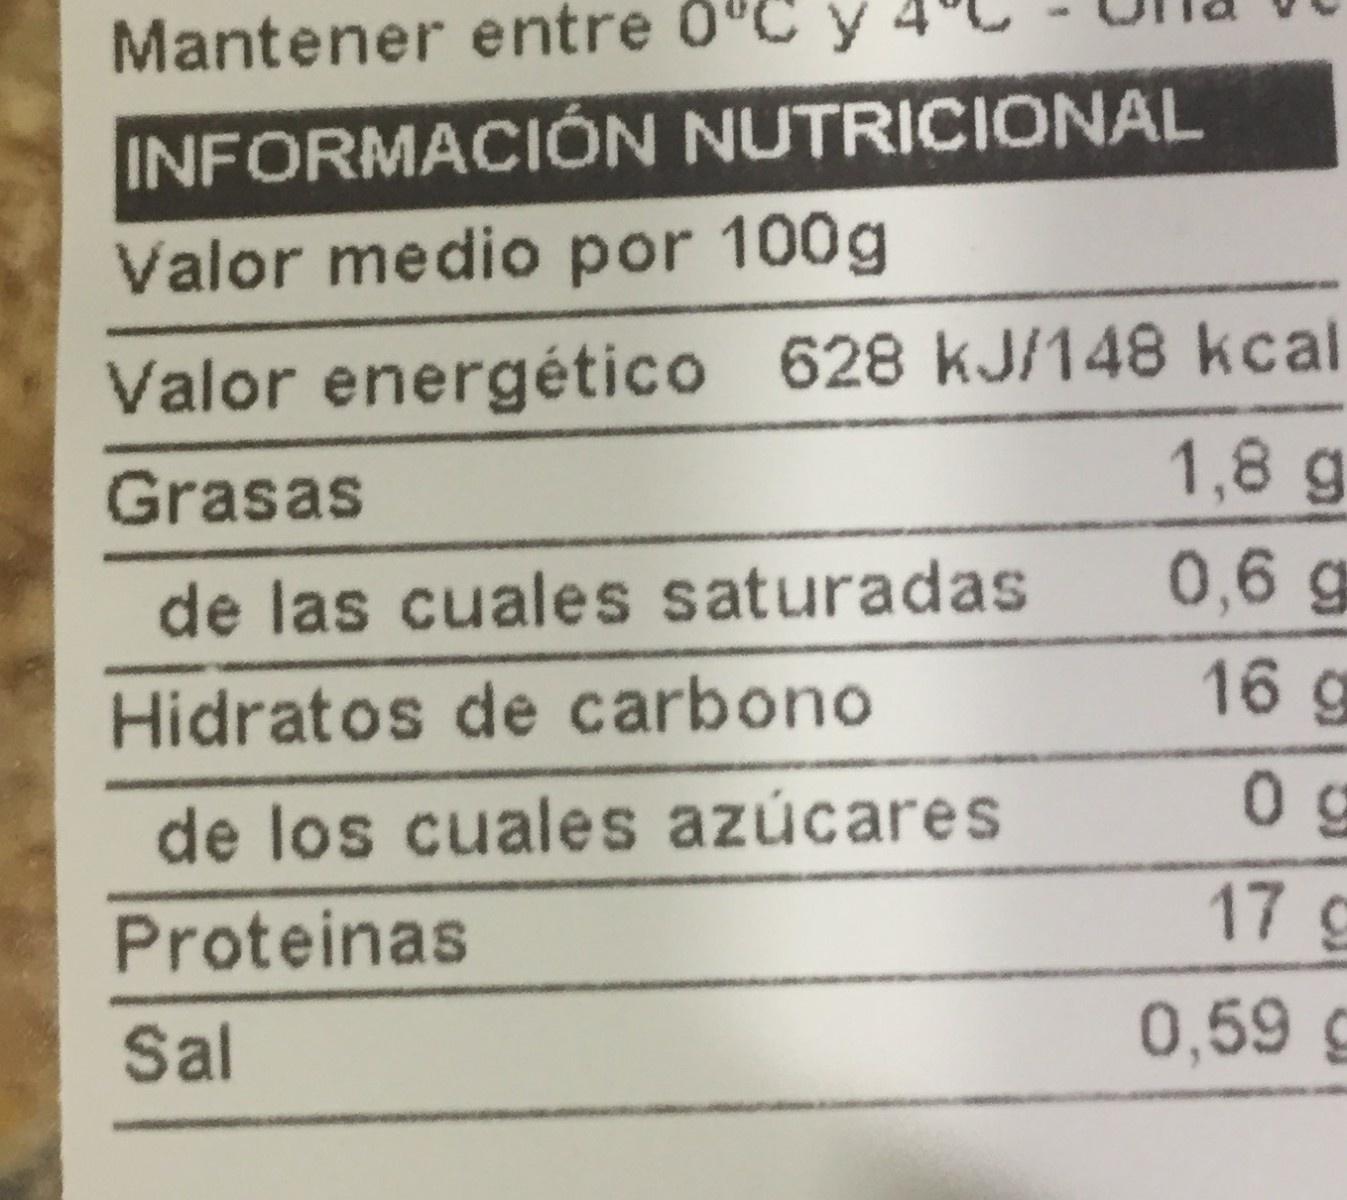
Mantener entre 0"C INFORMACIÓN NUTRICIONAL Valor medio por 100g Valor energético 628 kJ/148 kcal 1,8 g Grasas de las cuales saturadas 0,6 g 16 g Hidratos de carbono de los cuales azúcares 17 g Proteinas Sal 0,59 g